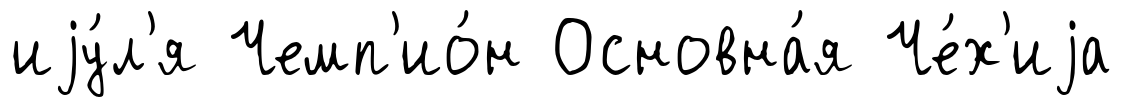
иjу́л'я Чемп'ио́н Основна́я Че́х'иjа